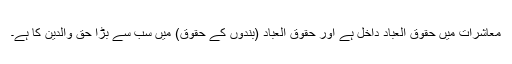
معاشرات میں حقوق العباد داخل ہے اور حقوق العباد (بندوں کے حقوق) میں سب سے بڑا حق والدین کا ہے۔